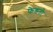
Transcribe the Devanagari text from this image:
फेडतो